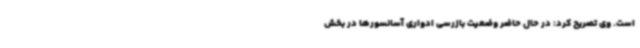
است. وی تصریح کرد: در حال حاضر وضعیت بازرسی ادواری آسانسورها در بخش